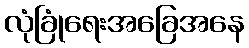
လုံခြုံရေးအခြေအနေ